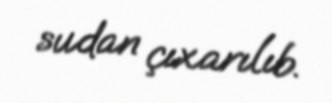
sudan çıxarılıb.